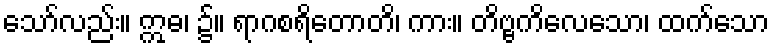
သော်လည်း။ ဣဓ၊ ၌။ ရာဂစရိတောတိ၊ ကား။ တိဗ္ဗကိလေသော၊ ထက်သော